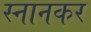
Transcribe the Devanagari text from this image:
स्नानकर